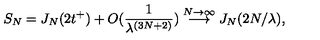
S _ { N } = J _ { N } ( 2 t ^ { + } ) + O ( \frac { 1 } { \lambda ^ { ( 3 N + 2 ) } } ) \stackrel { N \rightarrow \infty } { \longrightarrow } J _ { N } ( 2 N / \lambda ) ,